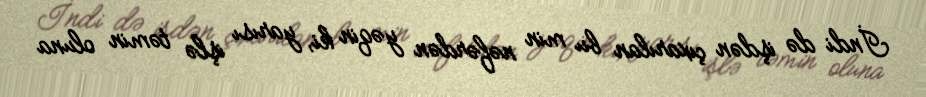
İndi də işdən çıxarılan bu min nəfərdən yəqin ki, yarısı işlə təmin oluna